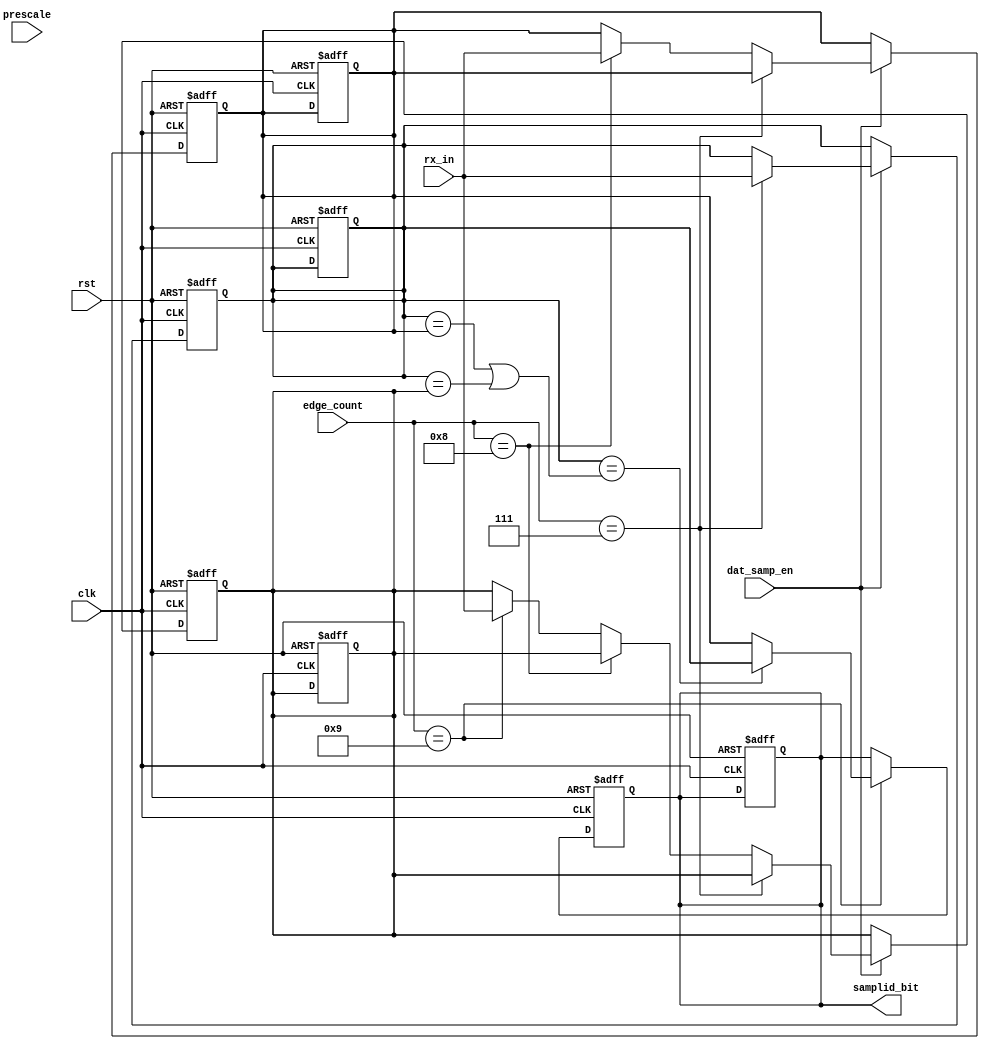
module DATA_SAMPLING_UART_RX (
  input wire clk , rst                  ,
  input wire rx_in                      ,
  input wire [5:0] prescale             ,     
  input wire [5:0] edge_count           ,       // FROM EDGE_COUNTER_BIT BLOCK
  input wire dat_samp_en                ,       // FROM FSM BLOCK
  output reg samplid_bit  
  );


// INTERNAL SIGNAL
  wire correct ;
  reg sample_7 ;
  reg sample_8 ;
  reg sample_9 ;
  
  always @ (posedge clk or negedge rst)
  begin
    if (!rst)
     begin
      samplid_bit <= 'b0;
      sample_7    <= 'b0;
      sample_8    <= 'b0;
      sample_9    <= 'b0;
     end
    else if (dat_samp_en)                           // if it's working don't forget to edit it for prescale 8 , 32
          begin
                if(edge_count == 'd7 )
                  sample_7 <= rx_in ;
                else if (edge_count == 'd8)
                  sample_8 <= rx_in ; 
                else if (edge_count == 'd9 )
                  sample_9 <= rx_in ;  
           end
 end
  
  
  always @(posedge clk or negedge rst)
  begin
    if (!rst)
     begin
      samplid_bit <= 'b0;
      sample_7    <= 'b0;
      sample_8    <= 'b0;
      sample_9    <= 'b0;
     end
    else if(edge_count == 'd9)
        begin
             if (sample_7 == correct )
                samplid_bit <= sample_7;
             else
                samplid_bit <= sample_8;
        end     
 end
  
  
  
assign correct  = (sample_7 == sample_8 || sample_7 == sample_9);

endmodule